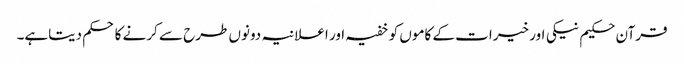
قرآن حکیم نیکی اور خیرات کے کاموں کو خفیہ اور اعلانیہ دونوں طرح سے کرنے کا حکم دیتاہے۔